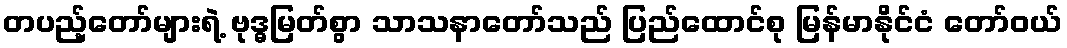
တပည့်တော်များရဲ့ ဗုဒ္ဓမြတ်စွာ သာသနာတော်သည် ပြည်ထောင်စု မြန်မာနိုင်ငံ တော်ဝယ်